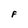
Character: F